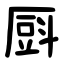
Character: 㕏